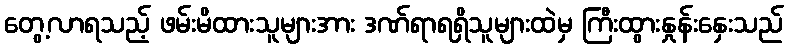
တွေ့လာရသည့် ဖမ်းမိထားသူများအား ဒဏ်ရာရရှိသူများထဲမှ ကြီးထွားနှုန်းနှေးသည်